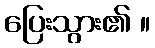
ပြေးသွား၏ ။